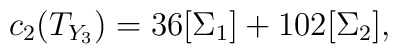
c_{2}(T_{Y_{3}})=36[\Sigma_{1}]+102[\Sigma_{2}],